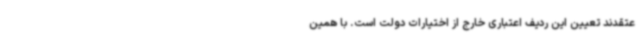
عتقدند تعیین این ردیف اعتباری خارج از اختیارات دولت است. با همین